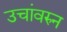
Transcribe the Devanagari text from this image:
उचांवरुन